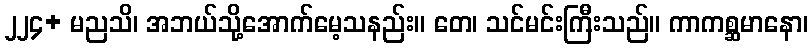
၂၂၄+ မညသိ၊ အဘယ်သို့အောက်မေ့သနည်း။ တေ၊ သင်မင်းကြီးသည်။ ကာကစ္ဆမာနော၊